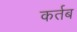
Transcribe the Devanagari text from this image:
कर्तब